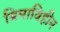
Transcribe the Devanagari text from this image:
बिमाविहीन